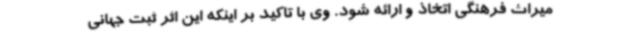
میراث فرهنگی اتخاذ و ارائه شود. وی با تاکید بر اینکه این اثر ثبت جهانی